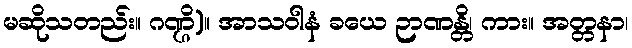
မဆိုသတည်း။ ဂဏ္ဌိ)။ အာသဝါနံ ခယေ ဉာဏန္တိ၊ ကား။ အတ္တနာ၊